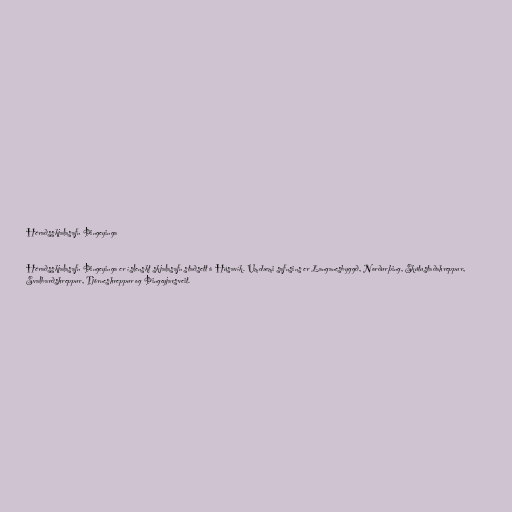
Héraðsskjalasafn Þingeyinga

Héraðsskjalasafn Þingeyinga er íslenskt skjalasafn staðsett á Húsavík. Umdæmi safnsins er Langanesbyggð, Norðurþing, Skútustaðahreppur,
Svalbarðshreppur, Tjörneshreppur og Þingeyjarsveit.